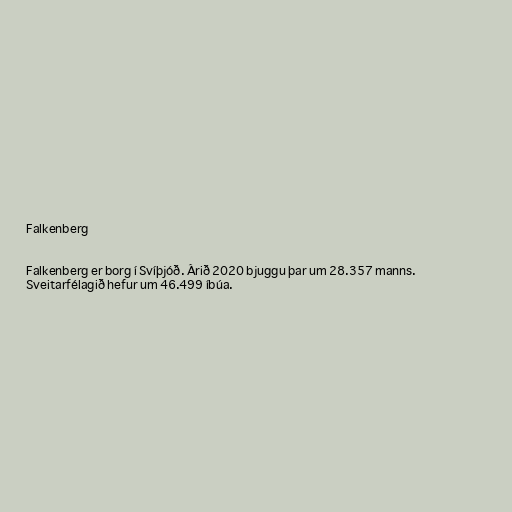
Falkenberg

Falkenberg er borg í Svíþjóð. Árið 2020 bjuggu þar um 28.357 manns.
Sveitarfélagið hefur um 46.499 íbúa.